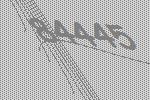
84445